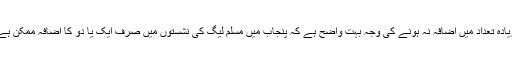
زیادہ تعداد میں اضافہ نہ ہونے کی وجہ بہت واضح ہے کہ پنجاب میں مسلم لیگ کی نشستوں میں صرف ایک یا دو کا اضافہ ممکن ہے۔